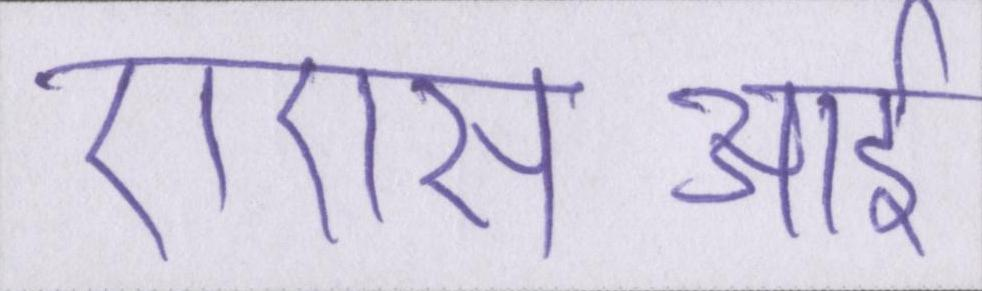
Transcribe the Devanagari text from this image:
एएसआई